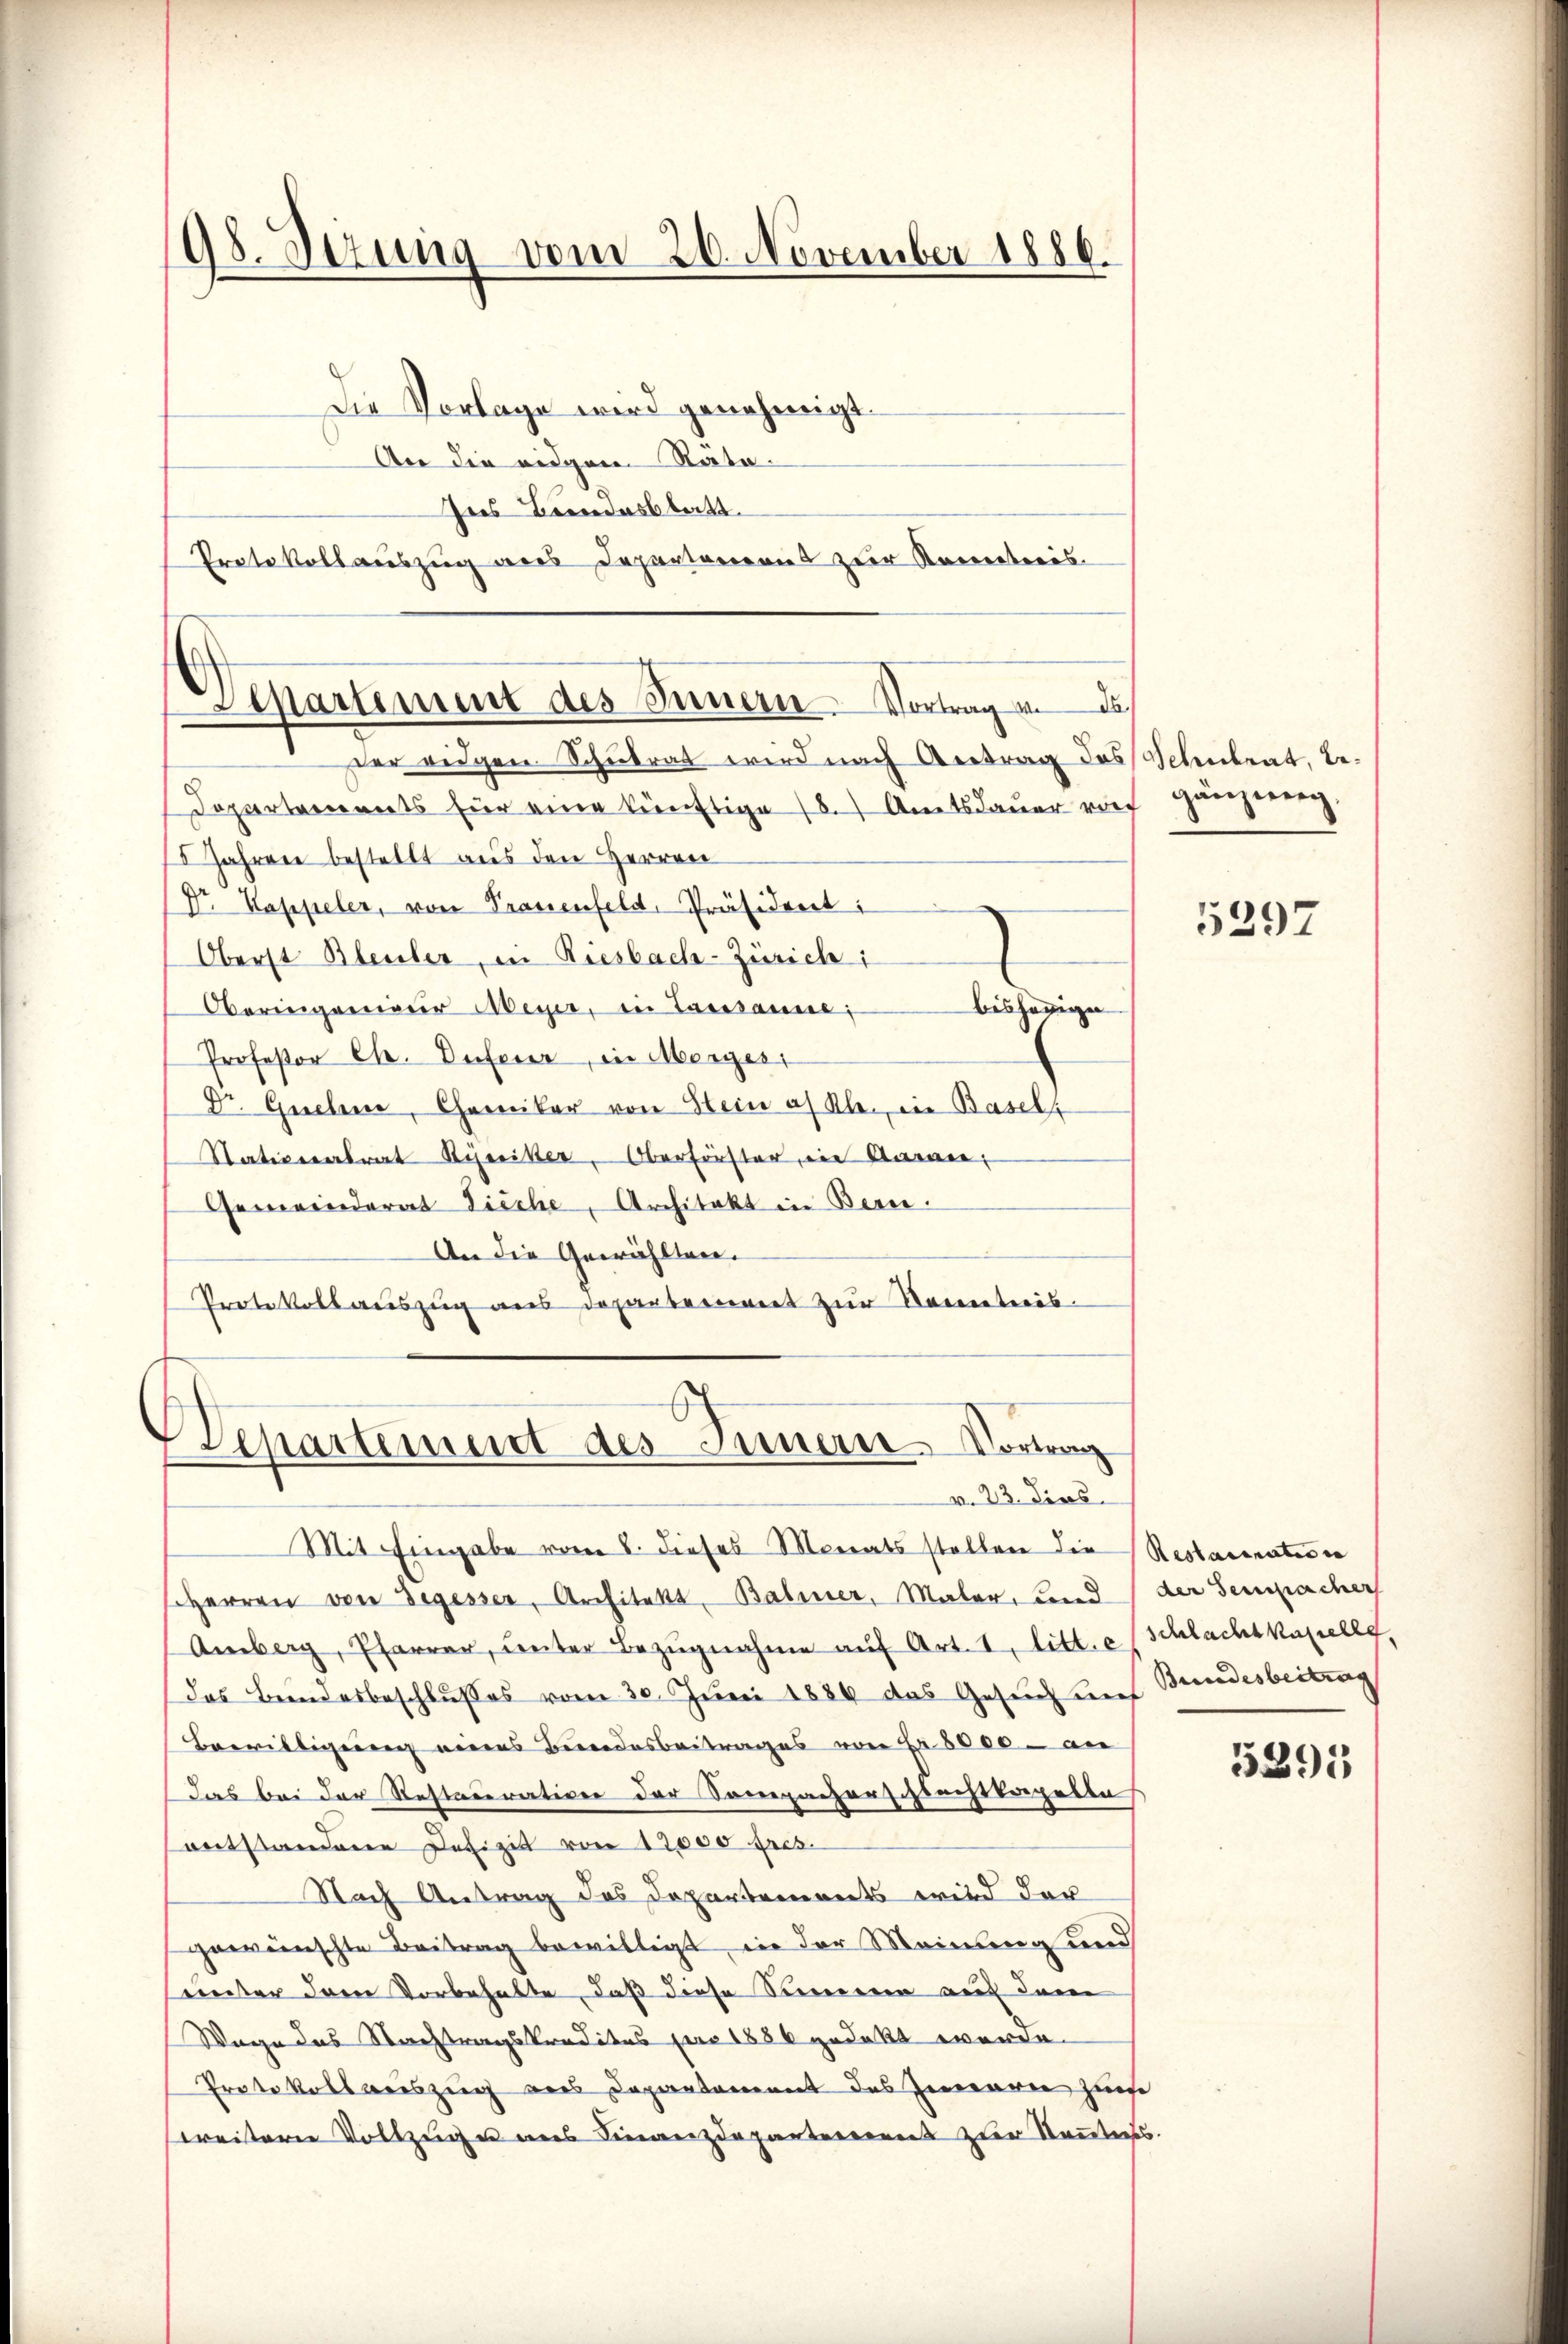
98. Sezung vom 26. November 1886.

Die Vorlage wird genehmigt.
An die eidgen Rata¬
Ins Bundesstatt.
Protokollauszug aus Departaneris zur Kometeris
Der eigen Schulrat wird nach Antrag des
Departements für eine künftige 18. Amtsdauer vor
5 Jahren bestellt aus den Herren
Dr. Kappeler, von Prauenfeld, Präsideret;
Oberst Bleuler, in Riesbach-Zürich;
bisherigen
Oberingenieur Meyer, in Tasssaune;
Professor Chr. Defeier, in Mergeri
Dr. Guclene, Chemiker von Stein af Klei, in Basel
Stativeralrat Ryeiker, Oberförster ein Kamer
Gemeinderat Tieche, Architekt in Bern.
An die Gewählten.
Protokollauszug aus Departement zur Kenntnis.

Vepartement des Sinnern. Vortrag an d

Separtement des Simmern Vortrag
v. 23. Dies

Schulrat, bef ganz weg.

Mit Eingabe vom 8. dieses Monats stellen die Restauration
Herren von Segesser, Architekt, Balmer, Maler, und der Sempacher
Amberg, Pfarrer, unter Bezŭgnahme aŭf Art. I. litt. e (Schlachtkapelle,
das Bundesbeschlusses vom 30. Juni 1889 das Gesuch nies
Bewilligung eines Bundesbeitrages von Fr. 8000 an
das bei der Restauration der Sempacherschlachtkapella
entstandene Defizit von 12000 fres.
Nach Antrag des Departements wird der
gewünschte Beitrag bewilligt, in der Meinung und
unter dem Vorbehalte, daß diese Sinneren auf dem
Wage das Nachtragskreditas pro 1886 gedeckt werde.
Protokollauszug aus Departement des Innern zinse
weitern Vollzuge uns Finanzdeparteierens zur Kenntnis.

5297

Bundesbeitrag

5295